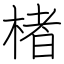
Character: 楮